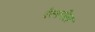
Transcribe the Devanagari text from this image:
रेलपेल